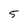
Character: 5